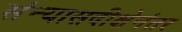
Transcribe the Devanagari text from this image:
संन्यासदीक्षेनंतर